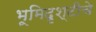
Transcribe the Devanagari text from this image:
भूमिदृश्टीचे